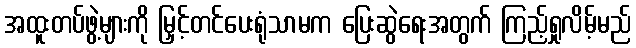
အထူးတပ်ဖွဲ့များကို မြှင့်တင်ပေးရုံသာမက ပြေးဆွဲရေးအတွက် ကြည့်ရှုလိမ့်မည်